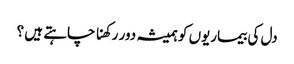
دل کی بیماریوں کو ہمیشہ دور رکھنا چاہتے ہیں ؟